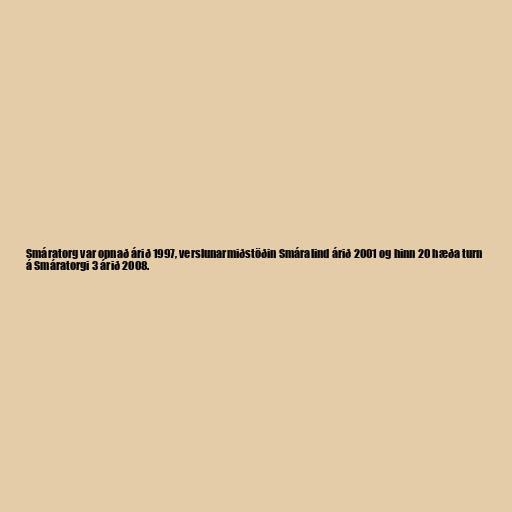
Smáratorg var opnað árið 1997, verslunarmiðstöðin Smáralind árið 2001 og hinn 20 hæða turn
á Smáratorgi 3 árið 2008.